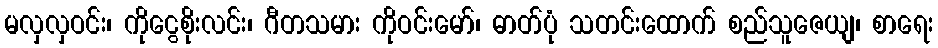
မလှလှဝင်း၊ ကိုငွေစိုးလင်း၊ ဂီတသမား ကိုဝင်းမော်၊ ဓာတ်ပုံ သတင်းထောက် စည်သူဇေယျ၊ စာရေး